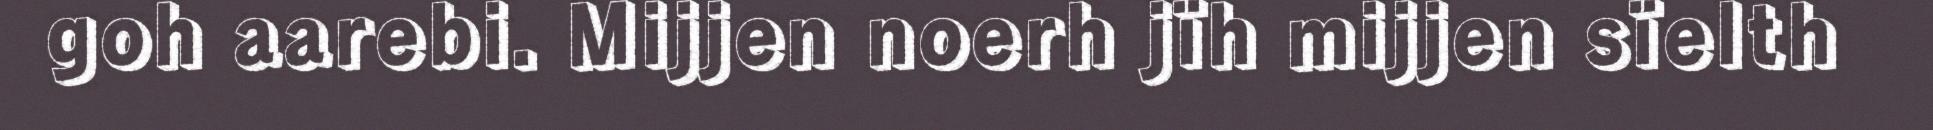
goh aarebi. Mijjen noerh jïh mijjen sïelth